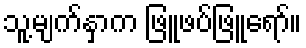
သူ့မျက်နှာက ဖြူဖပ်ဖြူရော်။